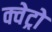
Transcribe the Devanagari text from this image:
क्वेट्रो